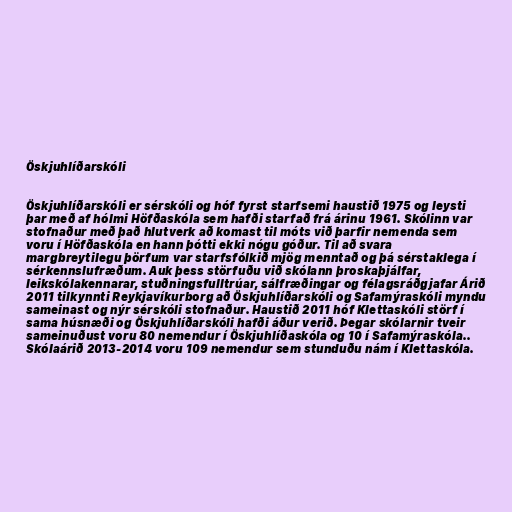
Öskjuhlíðarskóli

Öskjuhlíðarskóli er sérskóli og hóf fyrst starfsemi haustið 1975 og leysti
þar með af hólmi Höfðaskóla sem hafði starfað frá árinu 1961. Skólinn var
stofnaður með það hlutverk að komast til móts við þarfir nemenda sem
voru í Höfðaskóla en hann þótti ekki nógu góður. Til að svara
margbreytilegu þörfum var starfsfólkið mjög menntað og þá sérstaklega í
sérkennslufræðum. Auk þess störfuðu við skólann þroskaþjálfar,
leikskólakennarar, stuðningsfulltrúar, sálfræðingar og félagsráðgjafar Árið
2011 tilkynnti Reykjavíkurborg að Öskjuhlíðarskóli og Safamýraskóli myndu
sameinast og nýr sérskóli stofnaður. Haustið 2011 hóf Klettaskóli störf í
sama húsnæði og Öskjuhlíðarskóli hafði áður verið. Þegar skólarnir tveir
sameinuðust voru 80 nemendur í Öskjuhlíðaskóla og 10 í Safamýraskóla..
Skólaárið 2013-2014 voru 109 nemendur sem stunduðu nám í Klettaskóla.